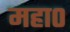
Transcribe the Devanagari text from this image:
महा०